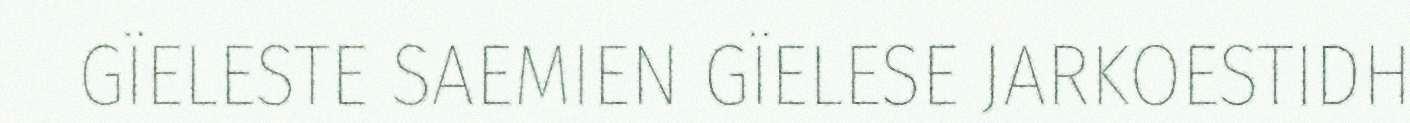
GÏELESTE SAEMIEN GÏELESE JARKOESTIDH